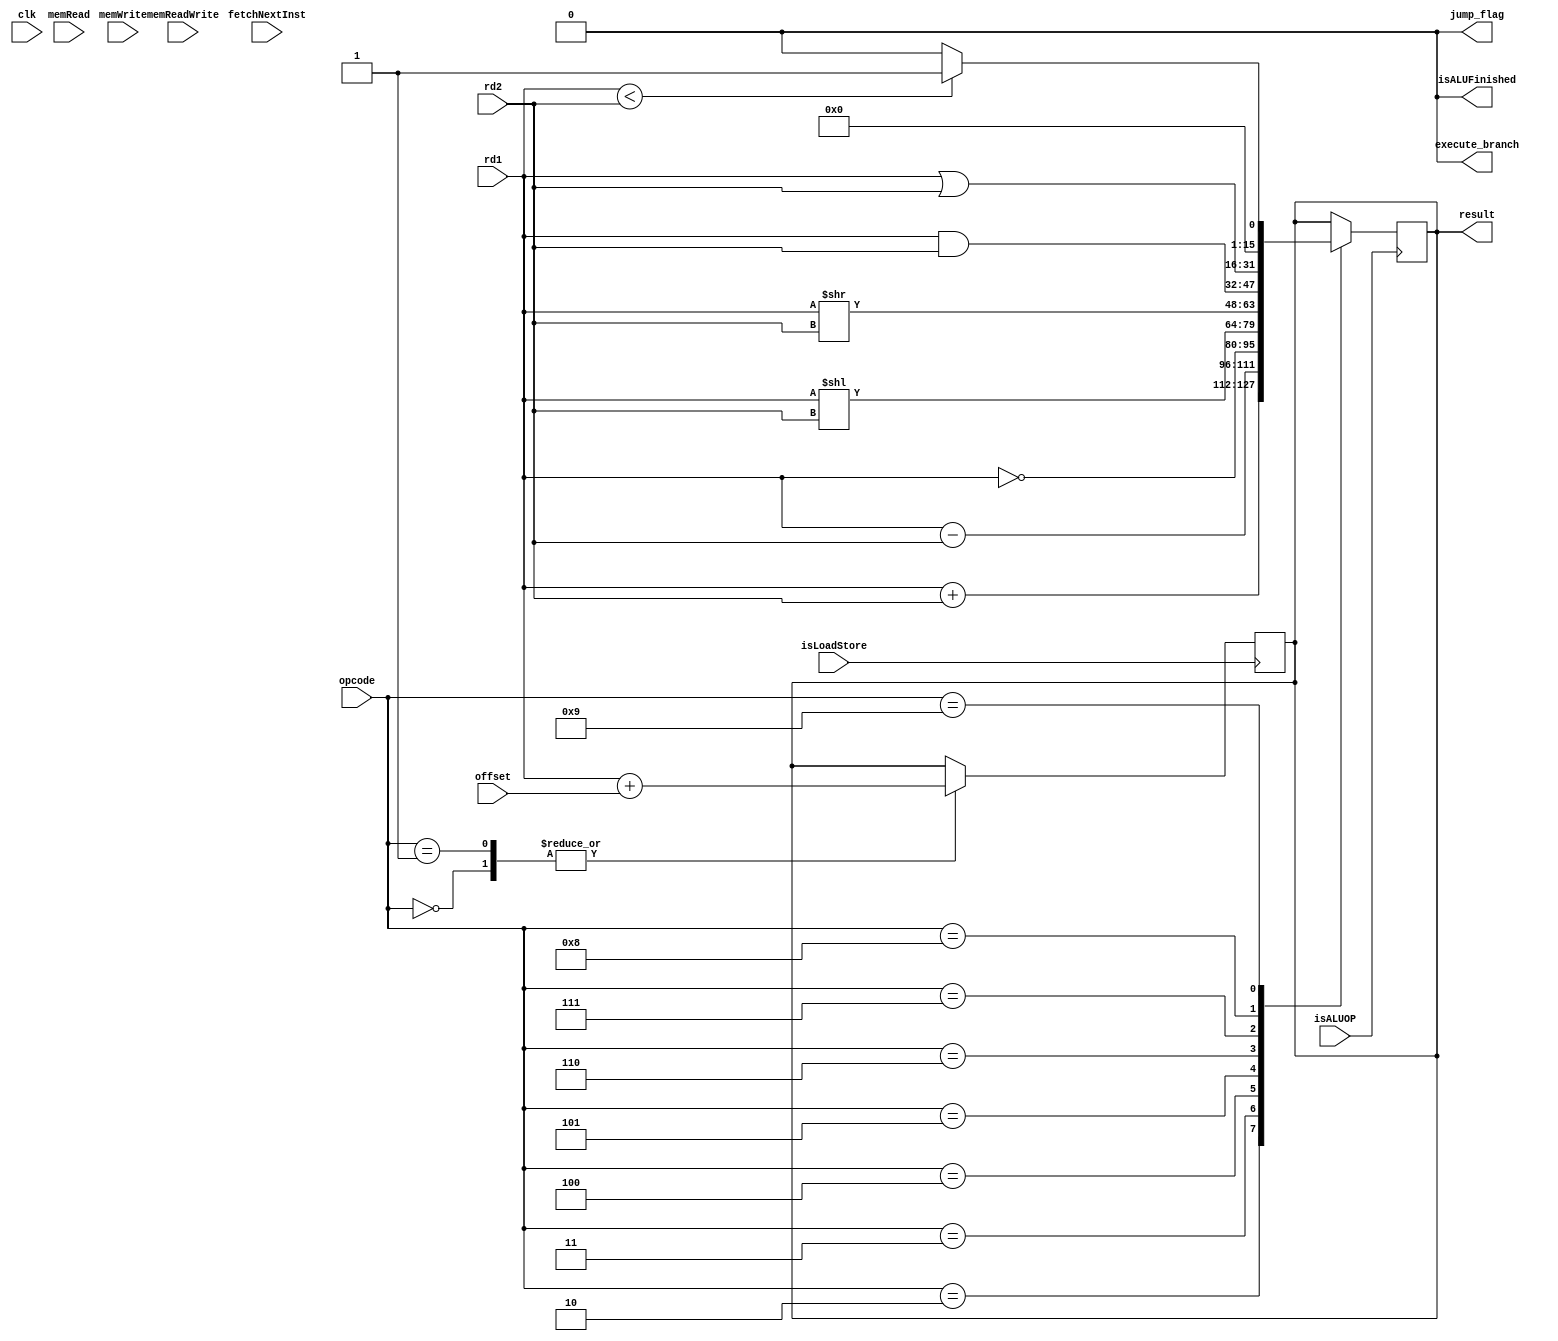
`timescale 1ns / 1ps

module ALU(
	input clk,
	input isALUOP,
	input memRead,
	input memWrite,
	input memReadWrite,
	input isLoadStore,
	input [3:0] opcode,
	input [15:0] rd1,
	input [15:0] rd2,
	input [5:0] offset,
	input fetchNextInst,
	output reg [15:0] result,
	output reg isALUFinished,
	output reg execute_branch,
	output reg jump_flag
);

initial 
	begin
		result = 16'b0;
		isALUFinished = 0;
		execute_branch = 0;
		jump_flag = 0;
	end
	
always @(posedge isLoadStore) // is a load/store operation
	begin
		case(opcode)
			0: begin
					$display("This is a load instruction");
					result = rd1 + offset;
					$display("Result in ALU is %b",result);
					isALUFinished = 1;
				end
			1: begin
					$display("This is a store instruction");
					result = rd1 + offset;
					$display("Result in ALU is %b",result);
					isALUFinished = 1;
				end		
		endcase
	end
	
always @(posedge isALUOP) //is an ALU operation
	begin
		case(opcode)
			2: begin
					$display("This is an add instruction");
					result = rd1 + rd2;
					$display("Result in ALU is %b",result);
					isALUFinished = 1;
				end
			3: begin
					$display("This is a subtract instruction");
					result = rd1 - rd2;
					$display("Result in ALU is %b",result);
					isALUFinished = 1;
				end
			4: begin
					$display("This is an invert instruction");
					result = ~rd1;
					$display("Result in ALU is %b",result);
					isALUFinished = 1;
				end
			5: begin
					$display("This is a shift left instruction");
					result = rd1 << rd2;
					$display("Result in ALU is %b",result);
					isALUFinished = 1;
				end
			6: begin
					$display("This is a shift right instruction");
					result = rd1 >> rd2;
					$display("Result in ALU is %b",result);
					isALUFinished = 1;
				end
			7: begin
					$display("This is a bitwise AND instruction");
					result = rd1 & rd2;
					$display("Result in ALU is %b",result);
					isALUFinished = 1;
				end
			8: begin
					$display("This is a bitwise OR instruction");
					result = rd1 | rd2;
					$display("Result in ALU is %b",result);
					isALUFinished = 1;
				end
			9: begin
					$display("This is a comparison instruction");
					if(rd1<rd2)
						result = 1;
					else
						result = 0;	
					$display("Result in ALU is %b",result);
					isALUFinished = 1;
				end
			10: begin
					$display("This is a BEQZ instruction");
					if(rd1 == rd2) begin
						$display("Branch is taken");
						execute_branch = 1;
					end
					else begin
						$display("Branch is not taken");
						isALUFinished = 1;
					end	
				end
			11: begin
					$display("This is a BENQ instruction");
					if(rd1 == rd2) begin
						$display("Branch is taken");
						isALUFinished = 1;
					end
					else begin
						$display("Branch is not taken");
						execute_branch = 1;
					end
				end
			12: begin
					$display("This is a JUMP instruction");
					$display("Jump instruction");
					jump_flag = 1;
				end 	
		endcase
	end
	
always @(posedge fetchNextInst)
	begin
		$display("Reset isALUFinished flag before next instruction\n");
		isALUFinished = 0;
		execute_branch = 0;
		jump_flag = 0;
	end
endmodule